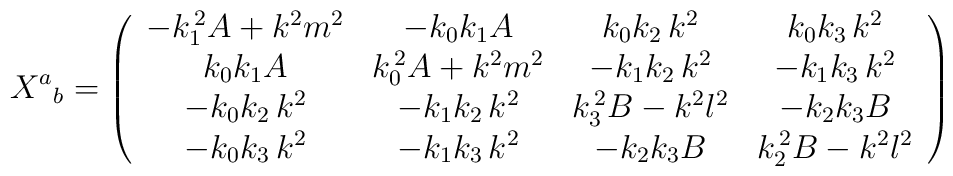
X^a{}_b=\left( \begin{array}{cccc}    -k_1^{\,2}A+k^2m^2 & -k_0k_1A & k_0k_2\,k^2&k_0k_3\,k^2\\    k_0k_1A& k_0^{\,2}A+k^2m^2 & -k_1k_2\,k^2 &-k_1k_3\,k^2 \\    -k_0k_2\,k^2  & -k_1k_2\,k^2 & k_3^{\,2}B-k^2l^2 &         -k_2k_3 B \\    -k_0k_3\,k^2  & -k_1k_3\,k^2 & -k_2k_3 B &         k_2^{\,2}B-k^2l^2	\end{array}\right)